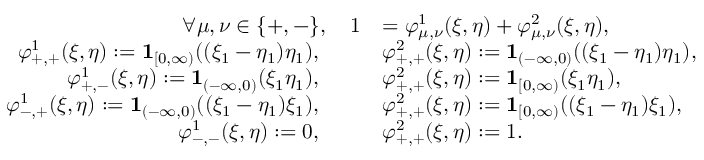
\begin{array} { r l } { \forall \mu , \nu \in \{ + , - \} , \quad 1 } & { = \varphi _ { \mu , \nu } ^ { 1 } ( \xi , \eta ) + \varphi _ { \mu , \nu } ^ { 2 } ( \xi , \eta ) , } \\ { \varphi _ { + , + } ^ { 1 } ( \xi , \eta ) : = \mathbf { 1 } _ { [ 0 , \infty ) } ( ( \xi _ { 1 } - \eta _ { 1 } ) \eta _ { 1 } ) , \qquad } & { \varphi _ { + , + } ^ { 2 } ( \xi , \eta ) : = \mathbf { 1 } _ { ( - \infty , 0 ) } ( ( \xi _ { 1 } - \eta _ { 1 } ) \eta _ { 1 } ) , } \\ { \varphi _ { + , - } ^ { 1 } ( \xi , \eta ) : = \mathbf { 1 } _ { ( - \infty , 0 ) } ( \xi _ { 1 } \eta _ { 1 } ) , \qquad } & { \varphi _ { + , + } ^ { 2 } ( \xi , \eta ) : = \mathbf { 1 } _ { [ 0 , \infty ) } ( \xi _ { 1 } \eta _ { 1 } ) , } \\ { \varphi _ { - , + } ^ { 1 } ( \xi , \eta ) : = \mathbf { 1 } _ { ( - \infty , 0 ) } ( ( \xi _ { 1 } - \eta _ { 1 } ) \xi _ { 1 } ) , \qquad } & { \varphi _ { + , + } ^ { 2 } ( \xi , \eta ) : = \mathbf { 1 } _ { [ 0 , \infty ) } ( ( \xi _ { 1 } - \eta _ { 1 } ) \xi _ { 1 } ) , } \\ { \varphi _ { - , - } ^ { 1 } ( \xi , \eta ) : = 0 , \qquad } & { \varphi _ { + , + } ^ { 2 } ( \xi , \eta ) : = 1 . } \end{array}